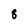
Character: 8